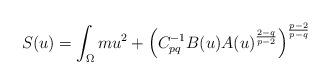
LaTeX: \begin{align*}S(u)=\int_{\Omega} mu^2+\left(C_{pq}^{-1} B(u)A(u)^{\frac{2-q}{p-2}}\right)^{\frac{p-2}{p-q}}\end{align*}